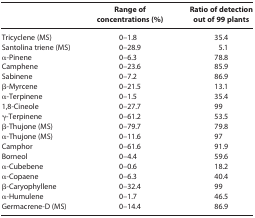
<table><thead><tr><td><b> </b></td><td><b>Range of concentrations (%)</b></td><td><b>Ratio of detection out of 99 plants</b></td></tr></thead><tbody><tr><td>Tricyclene (MS)</td><td>0–1.8</td><td>35.4</td></tr><tr><td>Santolina triene (MS)</td><td>0–28.9</td><td>5.1</td></tr><tr><td>α-Pinene</td><td>0–6.3</td><td>78.8</td></tr><tr><td>Camphene</td><td>0–23.6</td><td>85.9</td></tr><tr><td>Sabinene</td><td>0–7.2</td><td>86.9</td></tr><tr><td>β-Myrcene</td><td>0–21.5</td><td>13.1</td></tr><tr><td>α-Terpinene</td><td>0–1.5</td><td>35.4</td></tr><tr><td>1,8-Cineole</td><td>0–27.7</td><td>99</td></tr><tr><td>γ-Terpinene</td><td>0–61.2</td><td>53.5</td></tr><tr><td>β-Thujone (MS)</td><td>0–79.7</td><td>79.8</td></tr><tr><td>α-Thujone (MS)</td><td>0–11.6</td><td>97</td></tr><tr><td>Camphor</td><td>0–61.6</td><td>91.9</td></tr><tr><td>Borneol</td><td>0–4.4</td><td>59.6</td></tr><tr><td>α-Cubebene</td><td>0–0.6</td><td>18.2</td></tr><tr><td>α-Copaene</td><td>0–6.3</td><td>40.4</td></tr><tr><td>β-Caryophyllene</td><td>0–32.4</td><td>99</td></tr><tr><td>α-Humulene</td><td>0–1.7</td><td>46.5</td></tr><tr><td>Germacrene-D (MS)</td><td>0–14.4</td><td>86.9</td></tr></tbody></table>